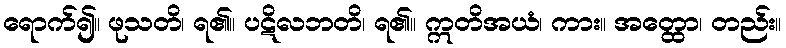
ရောက်၍။ ဖုသတိ၊ ရ၏။ ပဋိလဘတိ၊ ရ၏။ ဣတိအယံ၊ ကား။ အတ္ထော၊ တည်း။